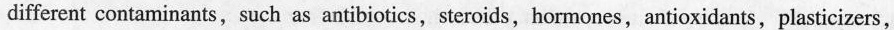
different contaminants , such as antibiotics,steroids,hormones，antioxidants,plasticizers,